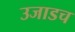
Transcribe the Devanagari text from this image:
उजाडच